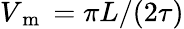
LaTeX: V_{\mathrm{~m~}}=\pi L/(2\tau)